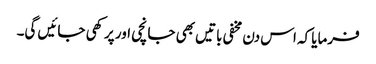
فرمایا کہ اس دن مخفی باتیں بھی جانچی اور پرکھی جائیں گی۔